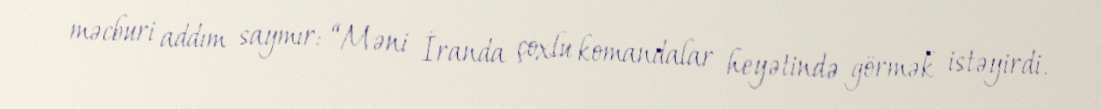
məcburi addım saymır: “Məni İranda çoxlu komandalar heyətində görmək istəyirdi.